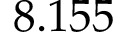
8 . 1 5 5